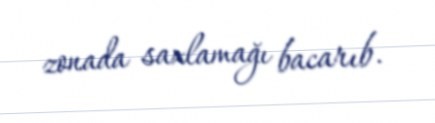
zonada saxlamağı bacarıb.